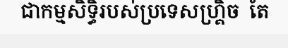
ជាកម្មសិទ្ធិរបស់ប្រទេសហ្គ្រិច  តែ